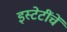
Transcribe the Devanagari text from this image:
इस्टेटींचें